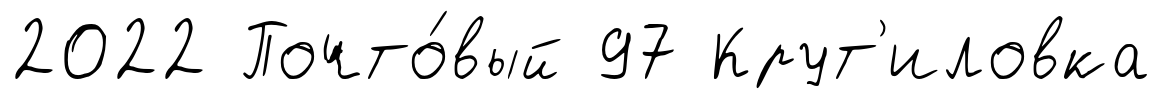
2022 Почто́вый 97 Крут'иловка